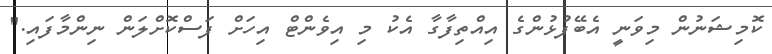
ކޮމިޝަނުން މިވަނީ އެބޭފުޅުންގެ އިއްތިފާގާ އެކު މި އިވެންޓް އިހަށް ފަސްކޮށްލަން ނިންމާފައި."